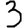
Digit: 3